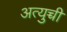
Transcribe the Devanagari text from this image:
अत्युच्ची